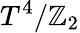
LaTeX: T^{4}/\mathbb{Z}_{2}